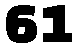
61